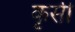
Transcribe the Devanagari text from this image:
कृसी